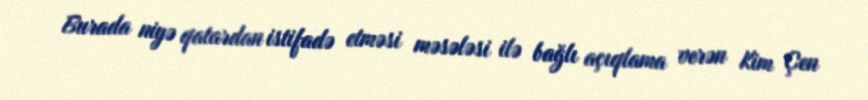
Burada niyə qatardan istifadə etməsi məsələsi ilə bağlı açıqlama verən Kim Çen